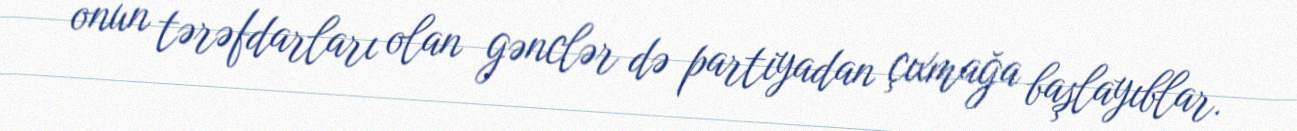
onun tərəfdarları olan gənclər də partiyadan çıxmağa başlayıblar.